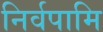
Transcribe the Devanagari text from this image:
निर्वपामि